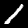
Label: 1